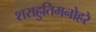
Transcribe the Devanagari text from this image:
शराहुतिमनोहरे